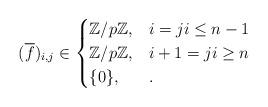
LaTeX: \begin{align*} (\overline{f})_{i,j} \in \begin{cases} \mathbb{Z}/p\mathbb{Z},& i=j i \leq n-1 \\ \mathbb{Z}/p\mathbb{Z}, & i+1=j i \geq n\\ \{0\},& .\end{cases}\end{align*}